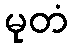
မုတံ